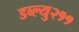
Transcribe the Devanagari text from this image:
डब्ल्यु२११